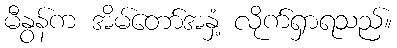
မီနွန်က အိမ်တော်အနှံ့ လိုက်ရှာရသည်။